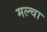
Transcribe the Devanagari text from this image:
मल्‍चा